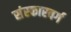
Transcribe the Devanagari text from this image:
संस्कारवर्ग